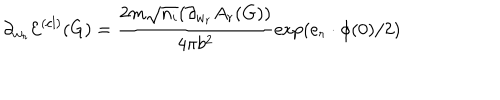
\partial _ { w _ { r } } \mathcal { E } ^ { ( c l ) } ( G ) = \frac { 2 m \sqrt { n _ { i } } ( \partial _ { w _ { r } } A _ { r } ( G ) ) } { 4 \pi b ^ { 2 } } \exp ( e _ { r } \cdot \phi ( 0 ) / 2 )